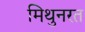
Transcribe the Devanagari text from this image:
मिथुनरत